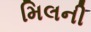
મિલની